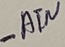
Text: -ATN